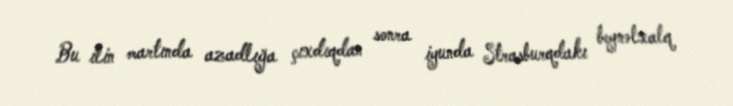
Bu ilin martında azadlığa çıxdıqdan sonra iyunda Strasburqdakı beynəlxalq